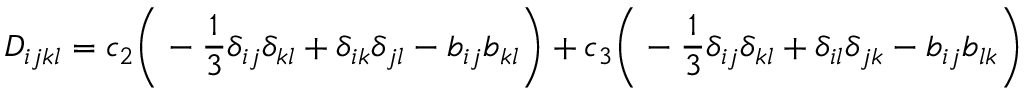
D _ { i j k l } = c _ { 2 } \bigg ( - \frac { 1 } { 3 } \delta _ { i j } \delta _ { k l } + \delta _ { i k } \delta _ { j l } - b _ { i j } b _ { k l } \bigg ) + c _ { 3 } \bigg ( - \frac { 1 } { 3 } \delta _ { i j } \delta _ { k l } + \delta _ { i l } \delta _ { j k } - b _ { i j } b _ { l k } \bigg )